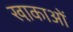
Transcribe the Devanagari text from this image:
खा़काओं